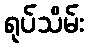
ရုပ်သိမ်း